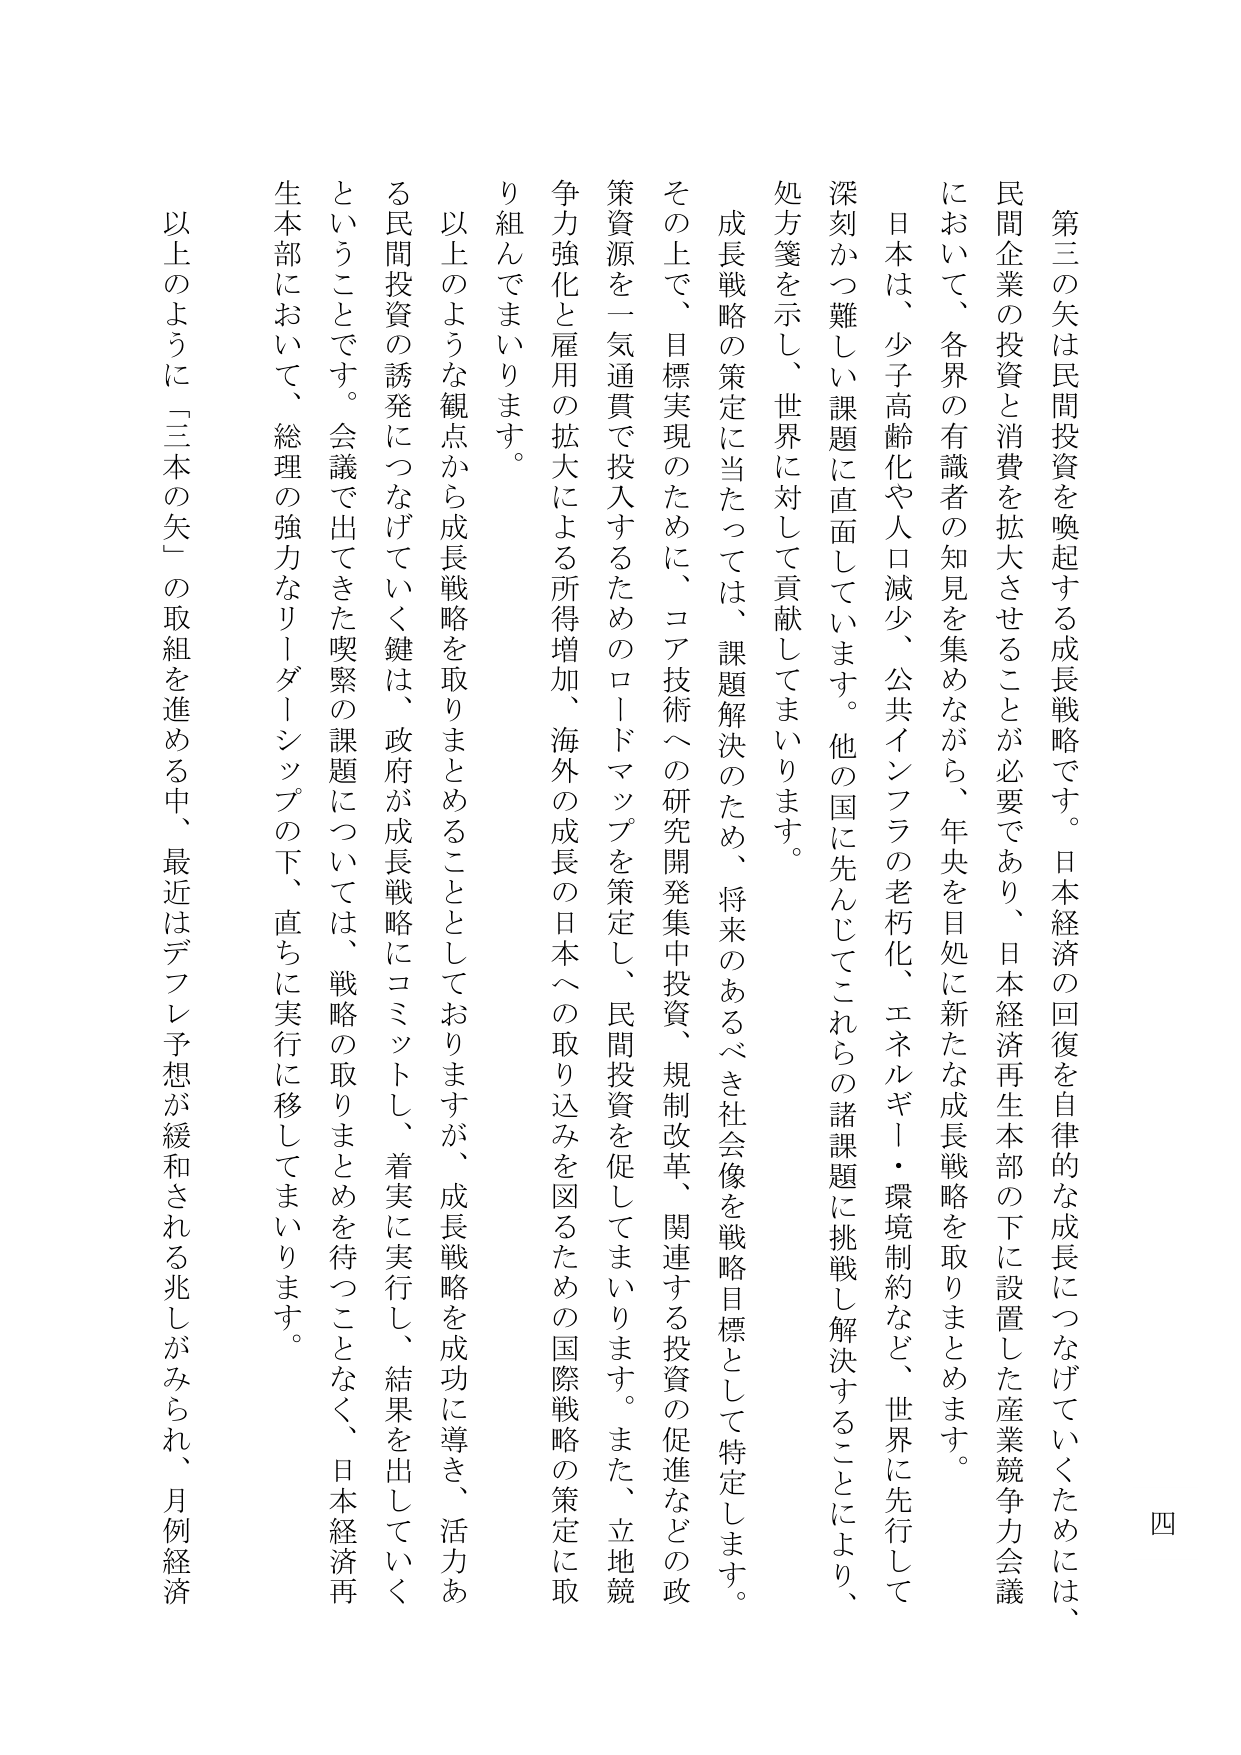
第三の矢は民間投資を喚起する成長戦略です。日本経済の回復を自律的な成長につなげていくためには、民間企業の投資と消費を拡大させることが必要であり、日本経済再生本部の下に設置した産業競争力会議において、各界の有識者の知見を集めながら、年央を目処に新たな成長戦略を取りまとめます。

日本は、少子高齢化や人口減少、公共インフラの老朽化、エネルギー・環境制約など、世界に先行して深刻かつ難しい課題に直面しています。他の国に先んじてこれらの諸課題に挑戦し解決することにより、処方箋を示し、世界に対して貢献してまいります。

成長戦略の策定に当たっては、課題解決のため、将来のあるべき社会像を戦略目標として特定します。その上で、目標実現のために、コア技術への研究開発集中投資、規制改革、関連する投資の促進などの政策資源を一気通貫で投入するためのロードマップを策定し、民間投資を促してまいります。また、立地競争力強化と雇用の拡大による所得増加、海外の成長の日本への取り込みを図るための国際戦略の策定に取り組んでまいります。

以上のような観点から成長戦略を取りまとめることがとおりますが、成長戦略を成功に導き、活力ある民間投資の誘発につなげていく鍵は、政府が成長戦略にコミットし、着実に実行し、結果を出していくということです。会議で出てきた喫緊の課題については、戦略の取りまとめを待つことなく、日本経済再生本部において、総理の強力なリーダーシップの下、直ちに実行に移してまいります。

以上のように「三本の矢」の取組を進める中、最近はデフレ予想が緩和される兆しがみられ、月例経済

四